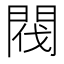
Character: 閥